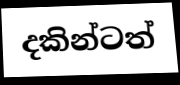
දකින්ටත්